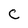
Character: C